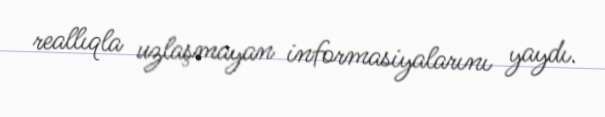
reallıqla uzlaşmayan informasiyalarını yaydı.